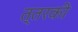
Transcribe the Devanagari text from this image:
त्तरकी